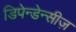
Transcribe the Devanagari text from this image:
डिपेन्डेन्सीज़